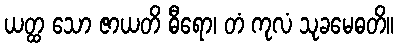
ယတ္ထ သော ဇာယတိ ဓီရော၊ တံ ကုလံ သုခမေဓတိ။